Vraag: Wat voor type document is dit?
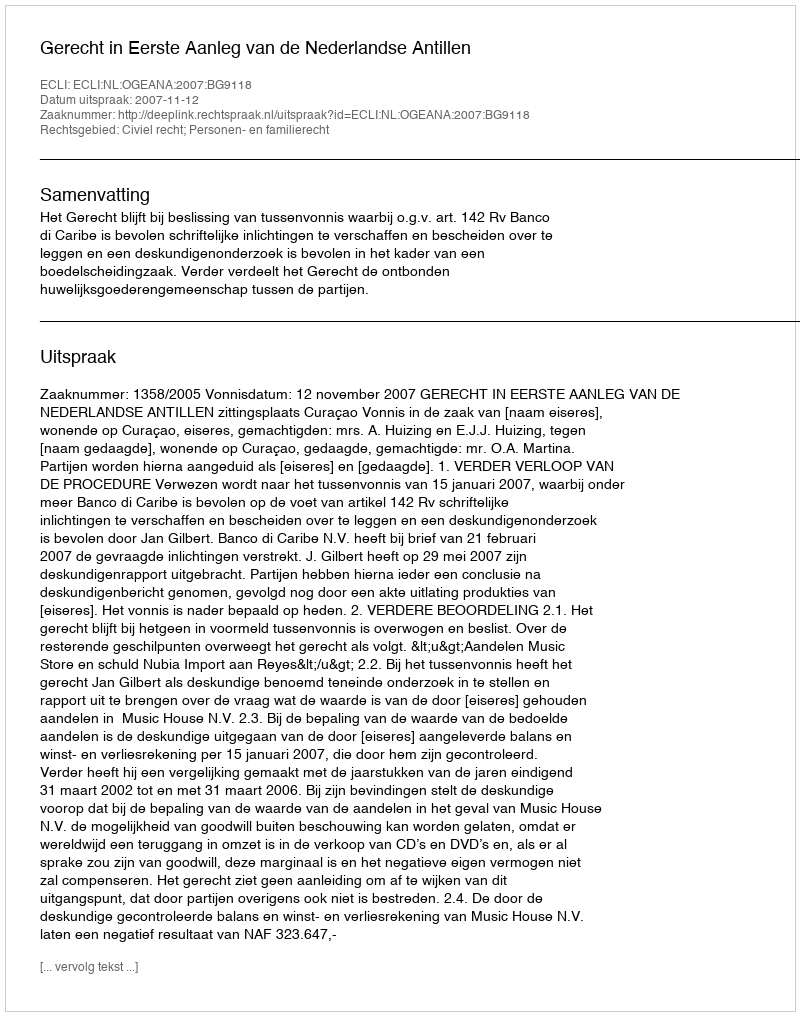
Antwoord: Uitspraak